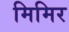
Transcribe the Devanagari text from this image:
मिमिर